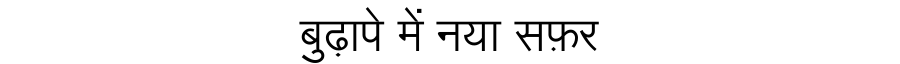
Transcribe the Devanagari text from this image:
बुढ़ापे में नया सफ़र